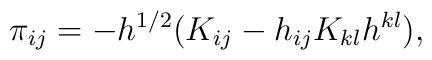
\pi_{ij} = - h^{1/2} ( K_{ij} - h_{ij} K_{kl} h^{kl} ),